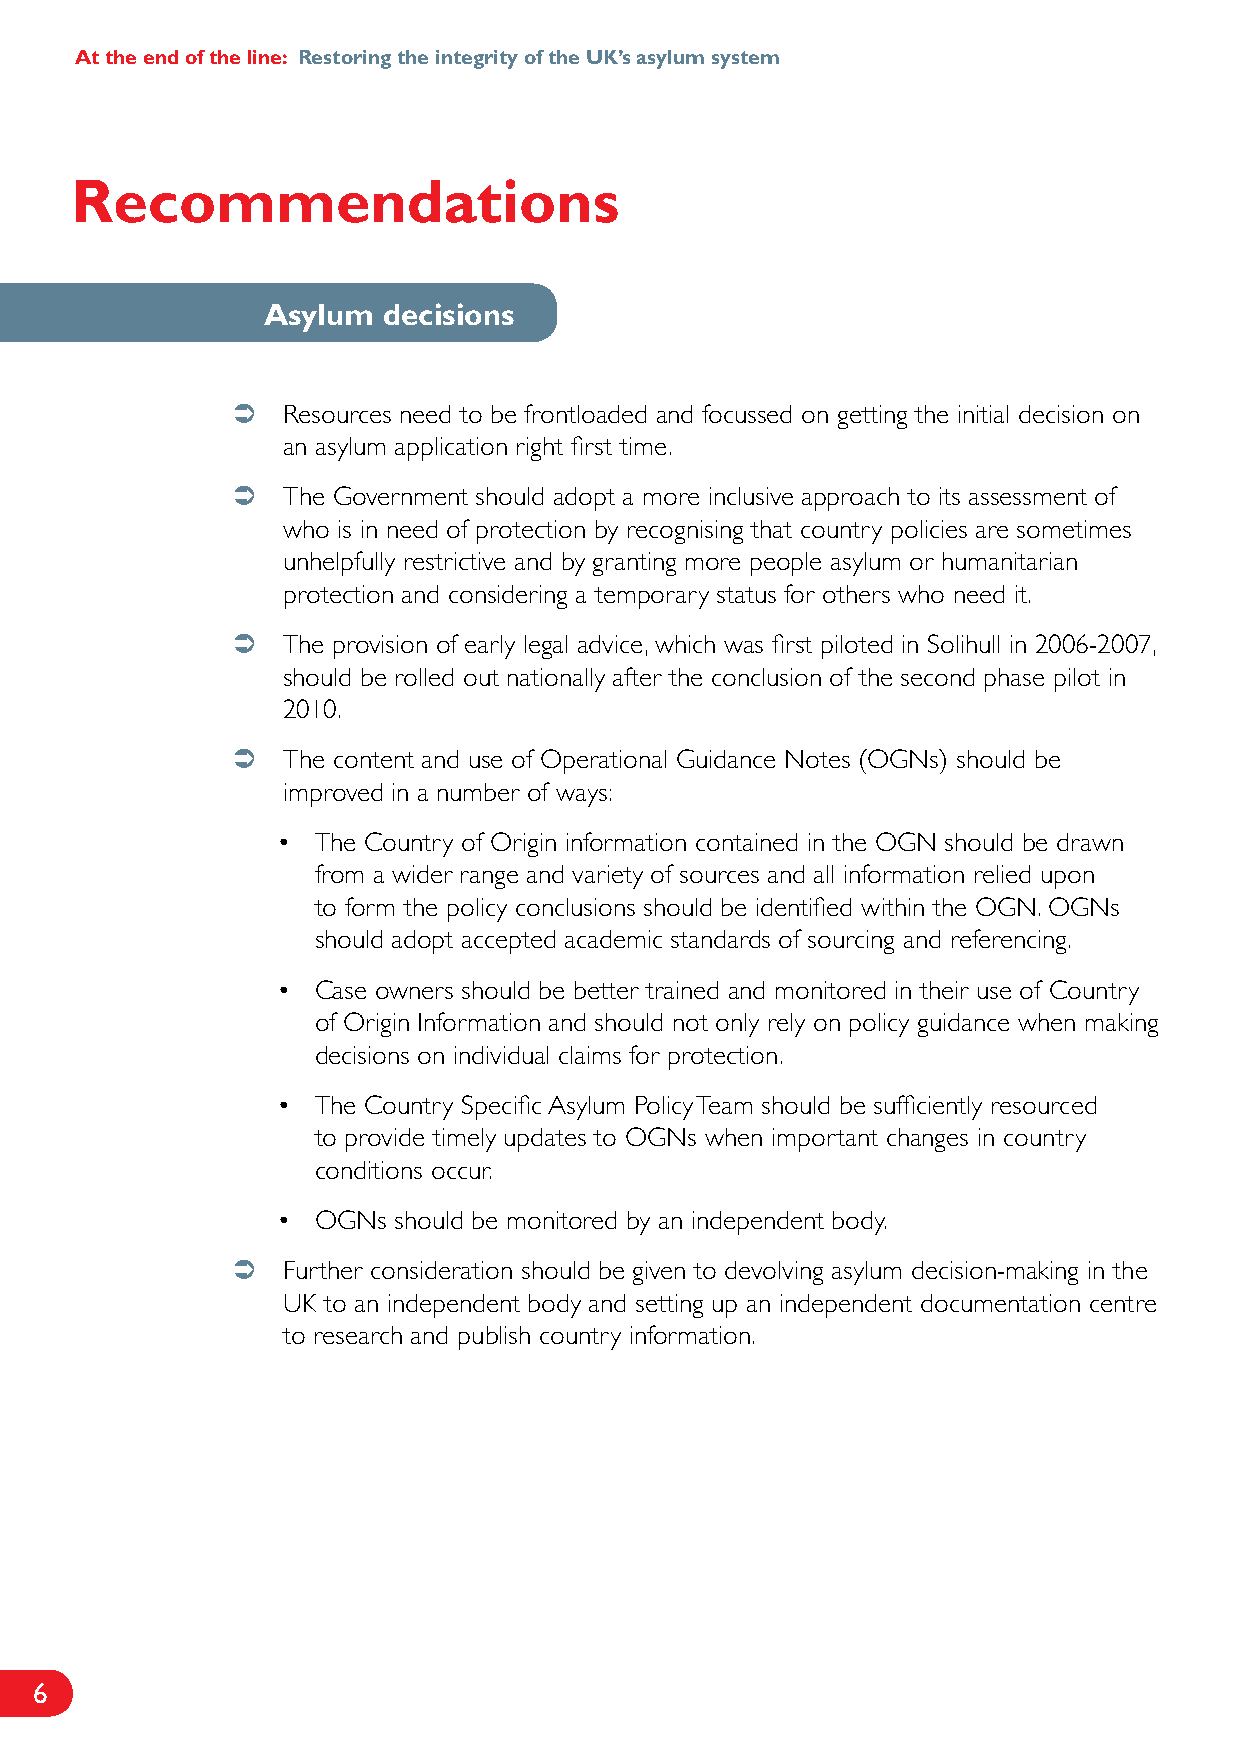
At the end of the line: Restoring the integrity of the UK’s asylum system
 Recommendations
 Asylum  decisions
    Resources need to be frontloaded and focussed on getting the initial decision on
 an asylum application right first time.
    The Government should adopt a more inclusive approach to its assessment of
 who is in need of protection by recognising that country policies are sometimes
 unhelpfully restrictive and by granting more people asylum or humanitarian
 protection and considering a temporary status for others who need it.
    The provision of early legal advice, which was first piloted in Solihull in 2006-2007,
 should be rolled out nationally after the conclusion of the second phase pilot in
 2010.
    The content and use of Operational Guidance Notes (OGNs) should be
 improved in a number of ways:
 •  The Country of Origin information contained in the OGN should be drawn
 from a wider range and variety of sources and all information relied upon
 to form the policy conclusions should be identified within the OGN. OGNs
 should adopt accepted academic standards of sourcing and referencing.
 •  Case owners should be better trained and monitored in their use of Country
 of Origin Information and should not only rely on policy guidance when making
 decisions on individual claims for protection.
 •  The Country Specific Asylum Policy Team should be sufficiently resourced
 to provide timely updates to OGNs when important changes in country
 conditions occur.
 •  OGNs should be monitored by an independent body.
    Further consideration should be given to devolving asylum decision-making in the
 UK to an independent body and setting up an independent documentation centre
 to research and publish country information.
 6